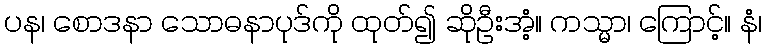
ပန၊ စောဒနာ သောဓနာပုဒ်ကို ထုတ်၍ ဆိုဦးအံ့။ ကသ္မာ၊ ကြောင့်။ နံ၊